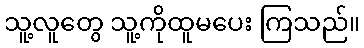
သူ့လူတွေ သူ့ကိုထူမပေး ကြသည်။